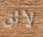
لائق